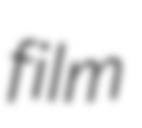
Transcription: film